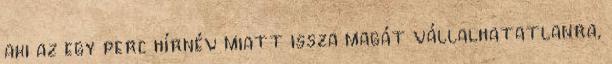
aki az egy perc hírnév miatt issza magát vállalhatatlanra,